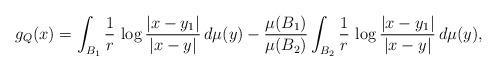
LaTeX: \begin{align*}g_Q(x) = \int_{B_1} \frac1r\,\log\frac{|x-y_1|}{|x-y|}\,d\mu(y) - \frac{\mu(B_1)}{\mu(B_2)}\int_{B_2} \frac1r\,\log\frac{{|x-y_1|}}{|x-y|}\,d\mu(y),\end{align*}